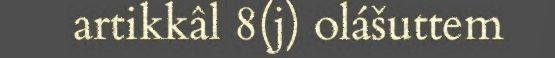
artikkâl 8(j) olášuttem